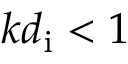
k d _ { \mathrm { i } } < 1